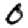
Digit: 0